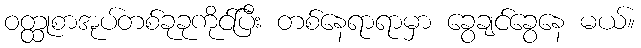
ဝတ္ထုစာအုပ်တစ်ခုခုကိုင်ပြီး တစ်နေရာရာမှာ ခွေချင်ခွေနေ မယ်။